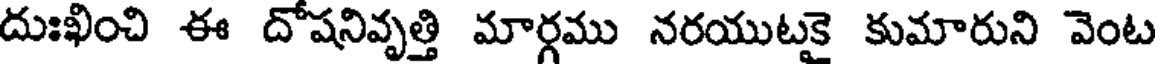
దుఃఖించి ఈ దోషనివృత్తి మార్గము నరయుటకై కుమారుని వెంట